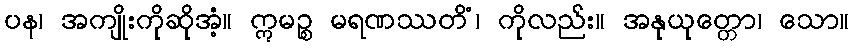
ပန၊ အကျိုးကိုဆိုအံ့။ ဣမဉ္စ မရဏဿတိံ၊ ကိုလည်း။ အနုယုတ္တော၊ သော။